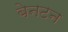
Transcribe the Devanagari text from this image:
बेनटन